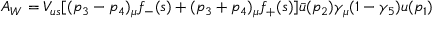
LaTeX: A _ { W } = V _ { u s } [ ( p _ { 3 } - p _ { 4 } ) _ { \mu } f _ { - } ( s ) + ( p _ { 3 } + p _ { 4 } ) _ { \mu } f _ { + } ( s ) ] \bar { u } ( p _ { 2 } ) \gamma _ { \mu } ( 1 - \gamma _ { 5 } ) u ( p _ { 1 } )